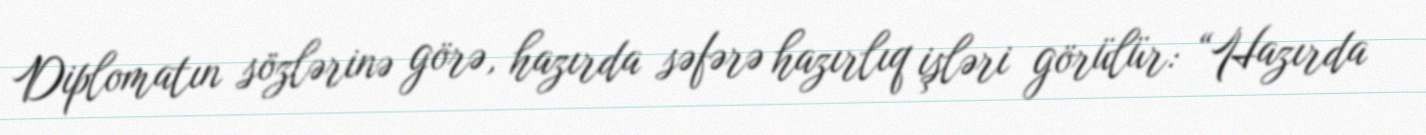
Diplomatın sözlərinə görə, hazırda səfərə hazırlıq işləri görülür: “Hazırda